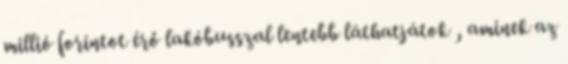
millió forintot érő lakóbusszal lentebb láthatjátok , aminek az